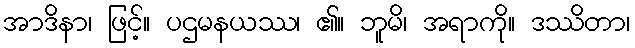
အာဒိနာ၊ ဖြင့်။ ပဌမနယဿ၊ ၏။ ဘူမိ၊ အရာကို။ ဒဿိတာ၊